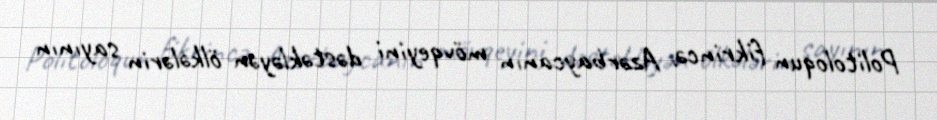
Politoloqun fikrincə, Azərbaycanın mövqeyini dəstəkləyən ölkələrin sayının